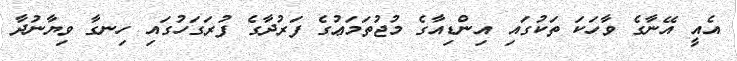
އެއީ އޭނާގެ ވާހަކަ ތަކުގައި އިންޑިއާގެ މުޖުތަމަޢުގެ ފަރުދާގެ ފުރަގަހުގައި ހިނގާ ވިޔާނުދާ